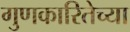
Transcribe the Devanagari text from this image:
गुणकारितेच्या